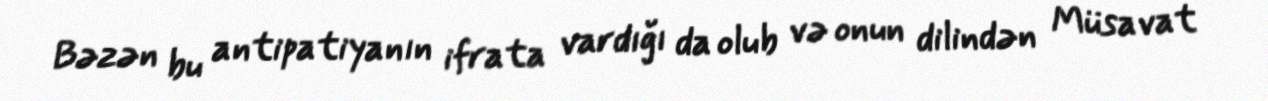
Bəzən bu antipatiyanın ifrata vardığı da olub və onun dilindən Müsavat